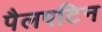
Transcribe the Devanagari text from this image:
पैलपटिन